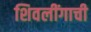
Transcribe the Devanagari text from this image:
शिवलींगाची